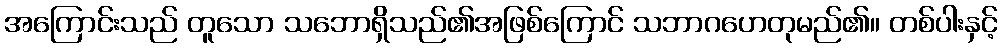
အကြောင်းသည် တူသော သဘောရှိသည်၏အဖြစ်ကြောင် သဘာဂဟေတုမည်၏။ တစ်ပါးနှင့်